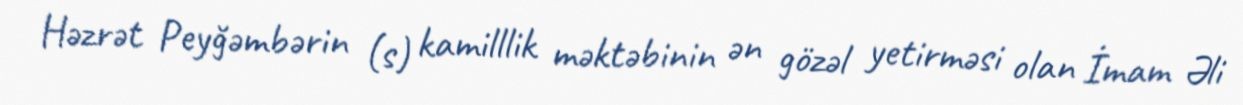
Həzrət Peyğəmbərin (s) kamilllik məktəbinin ən gözəl yetirməsi olan İmam Əli